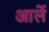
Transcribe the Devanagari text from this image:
आर्ले